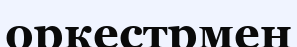
оркестрмен